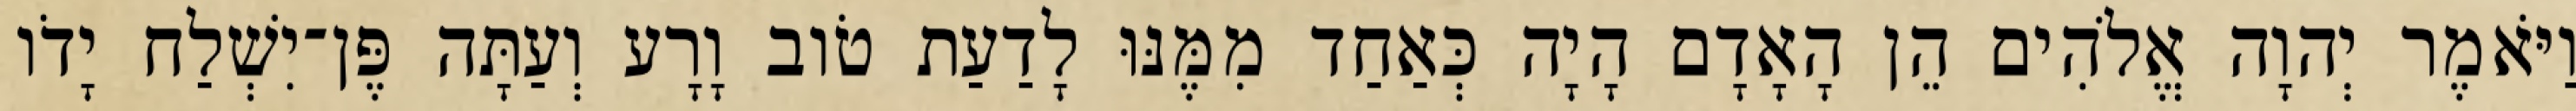
וַיֹּאמֶר יְהוָה אֱלֹהִים הֵן הָאָדָם הָיָה כְּאַחַד מִמֶּנּוּ לָדַעַת טֹוב וָרָע וְעַתָּה פֶּן־יִשְׁלַח יָדֹו